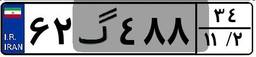
۶۶گ۲۳۸۳۷